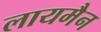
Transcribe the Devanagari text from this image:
लायमैन